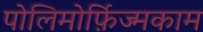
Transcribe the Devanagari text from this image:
पोलिमोर्फ़िज्मकाम